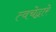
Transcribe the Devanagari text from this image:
त्वचेद्वारे